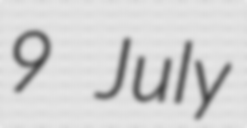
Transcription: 9 July